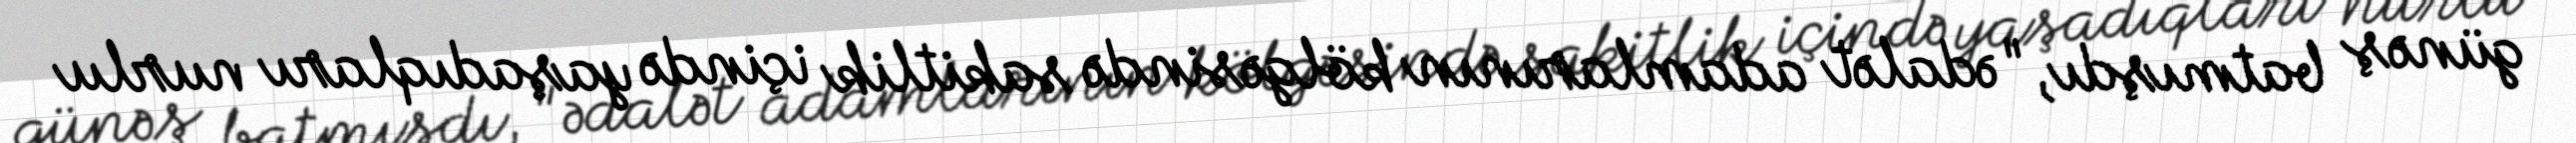
günəş batmışdı, "ədalət adamlarının kölgəsində sakitlik içində yaşadıqları nurlu